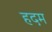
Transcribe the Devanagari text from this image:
हदम